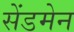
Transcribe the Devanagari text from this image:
सेंडमेन